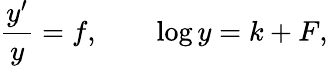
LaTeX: {\frac{y^{\prime}}{y}}=f,\qquad\log y=k+F,